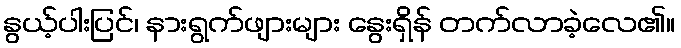
နွယ့်ပါးပြင်၊ နားရွက်ဖျားများ နွေးရှိန် တက်လာခဲ့လေ၏။